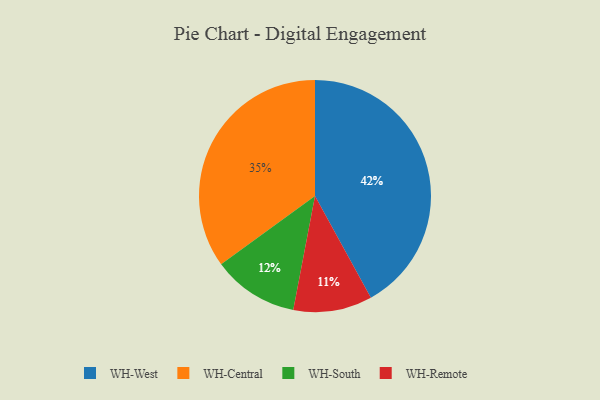
{"axis": {"x": "Category", "y": "Percentage"}, "legend": ["WH-Central", "WH-Remote", "WH-South", "WH-West"], "data": [{"x": "WH-South", "y": 12, "type": "WH-South"}, {"x": "WH-West", "y": 42, "type": "WH-West"}, {"x": "WH-Central", "y": 35, "type": "WH-Central"}, {"x": "WH-Remote", "y": 11, "type": "WH-Remote"}]}